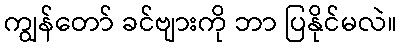
ကျွန်တော် ခင်ဗျားကို ဘာ ပြနိုင်မလဲ။